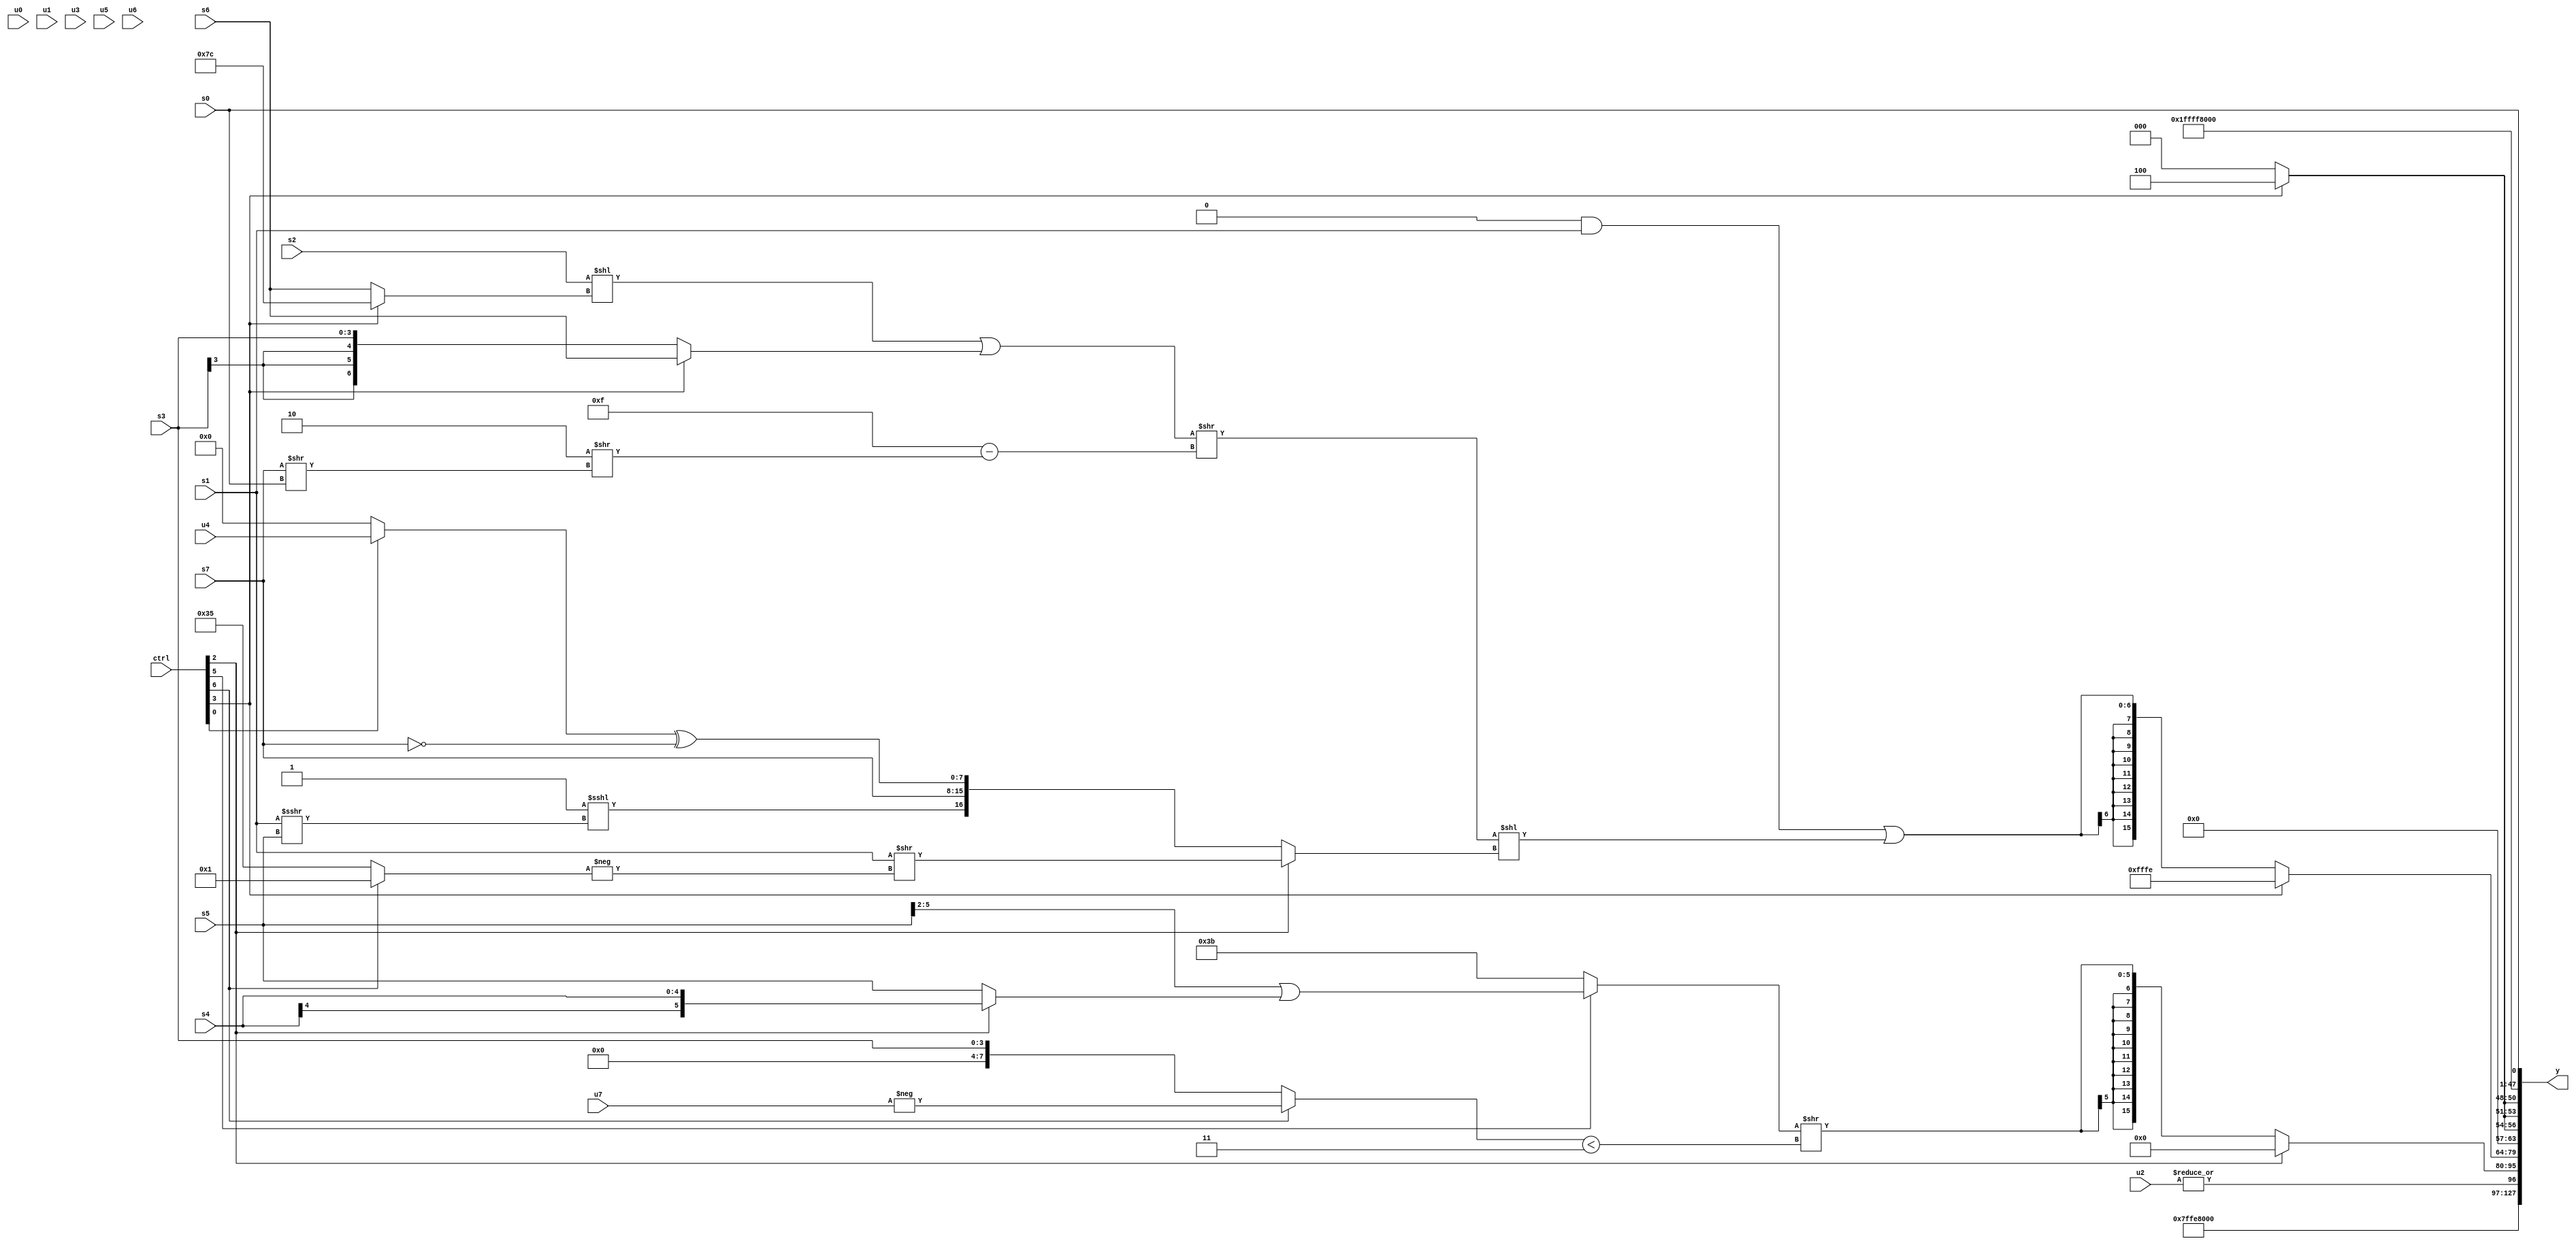
module wideexpr_00241(ctrl, u0, u1, u2, u3, u4, u5, u6, u7, s0, s1, s2, s3, s4, s5, s6, s7, y);
  input [7:0] ctrl;
  input [0:0] u0;
  input [1:0] u1;
  input [2:0] u2;
  input [3:0] u3;
  input [4:0] u4;
  input [5:0] u5;
  input [6:0] u6;
  input [7:0] u7;
  input signed [0:0] s0;
  input signed [1:0] s1;
  input signed [2:0] s2;
  input signed [3:0] s3;
  input signed [4:0] s4;
  input signed [5:0] s5;
  input signed [6:0] s6;
  input signed [7:0] s7;
  output [127:0] y;
  wire [15:0] y0;
  wire [15:0] y1;
  wire [15:0] y2;
  wire [15:0] y3;
  wire [15:0] y4;
  wire [15:0] y5;
  wire [15:0] y6;
  wire [15:0] y7;
  assign y = {y0,y1,y2,y3,y4,y5,y6,y7};
  assign y0 = 3'sb101;
  assign y1 = ~&(-(~|(u2)));
  assign y2 = (ctrl[2]?($signed((ctrl[6]?s7:{2{{3{{2{6'sb110000}}}}}})))<<({3{3'sb001}}):$signed(+($signed(((ctrl[5]?((s5)>>>(5'b00010))|((ctrl[2]?s4:s5)):($signed(6'sb111011))<<<((4'sb0001)>>>(1'sb1))))>>(((ctrl[6]?-(u7):$signed(s3)))<(3'sb011))))));
  assign y3 = (ctrl[3]?2'sb10:((1'sb0)&(s1))|($signed(((((s2)<<((ctrl[3]?3'sb100:s6)))|((ctrl[3]?s6:s3)))>>((5'sb01111)-((6'sb111110)>>((s7)>>(s0)))))<<((ctrl[2]?(+(+(s1)))>>(-((ctrl[6]?1'b1:6'b110101))):{(-(1'sb1))<<<((s1)>>>(s5)),s7,((ctrl[0]?u4:3'b000))^(~(s7))})))));
  assign y4 = +({3{(ctrl[3]?3'sb100:1'sb0)}});
  assign y5 = $signed(3'sb011);
  assign y6 = 1'sb1;
  assign y7 = {s0};
endmodule